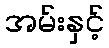
အမ်းနှင့်